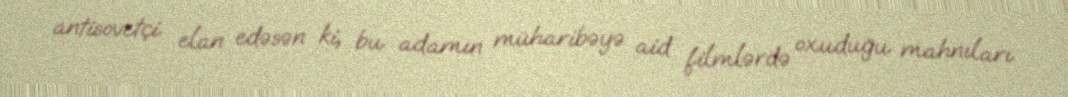
antisovetçi elan edəsən ki, bu adamın müharibəyə aid filmlərdə oxuduğu mahnıları